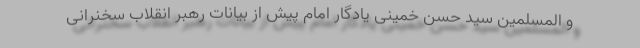
و المسلمین سید حسن خمینی یادگار امام پیش از بیانات رهبر انقلاب سخنرانی